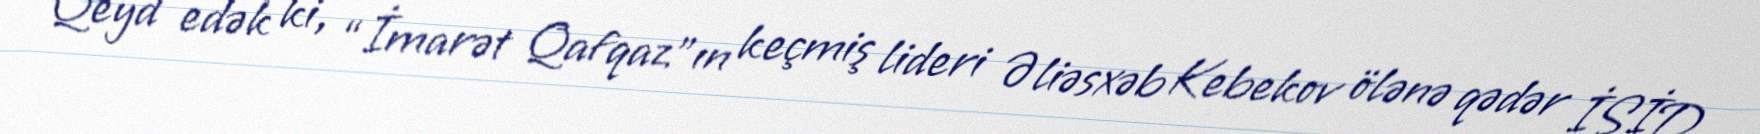
Qeyd edək ki, “İmarət Qafqaz”ın keçmiş lideri Əliəsxəb Kebekov ölənə qədər İŞİD